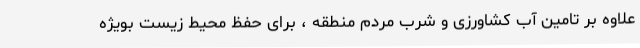
علاوه بر تامین آب کشاورزی و شرب مردم منطقه ، برای حفظ محیط زیست بویژه